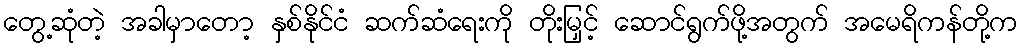
တွေ့ဆုံတဲ့ အခါမှာတော့ နှစ်နိုင်ငံ ဆက်ဆံရေးကို တိုးမြှင့် ဆောင်ရွက်ဖို့အတွက် အမေရိကန်တို့က